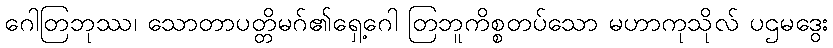
ဂေါတြဘုဿ၊ သောတာပတ္တိမဂ်၏ရှေ့ဂေါ တြဘူကိစ္စတပ်သော မဟာကုသိုလ် ပဌမဒွေး